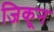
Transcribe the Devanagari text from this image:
जिकून